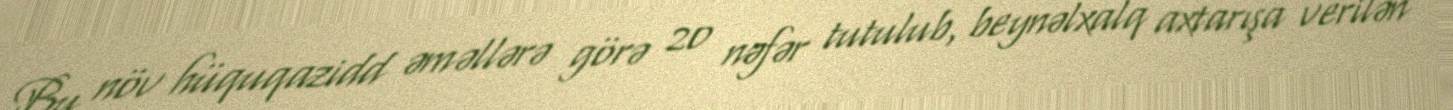
Bu növ hüquqazidd əməllərə görə 20 nəfər tutulub, beynəlxalq axtarışa verilən